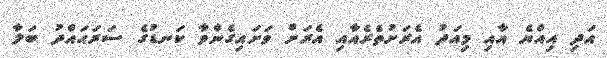
އަދި އިއްޔެ އާއި މިއަދު އެރަށުތެރެއާއި އެރަށް ވަށައިގެންވާ ކަނޑުގެ ސަރަޙައްދު ބަލާ